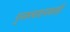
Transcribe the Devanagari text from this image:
पुनरुत्पादनावरही